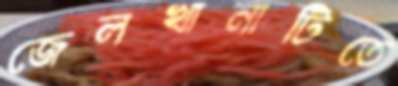
জেলখানাটিতে